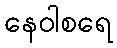
နေဝါစရေ